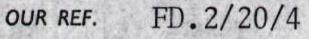
OUR REF. FD. 2/20/4